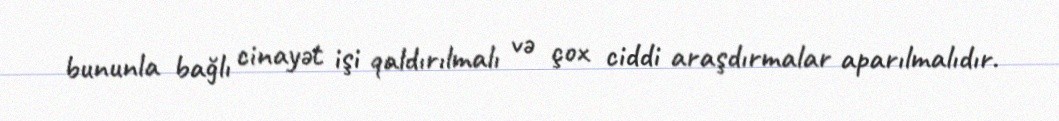
bununla bağlı cinayət işi qaldırılmalı və çox ciddi araşdırmalar aparılmalıdır.